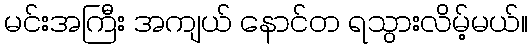
မင်းအကြီး အကျယ် နောင်တ ရသွားလိမ့်မယ်။